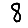
Digit: 8